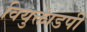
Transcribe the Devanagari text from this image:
वियुक्तांडपी